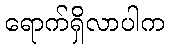
ရောက်ရှိလာပါက